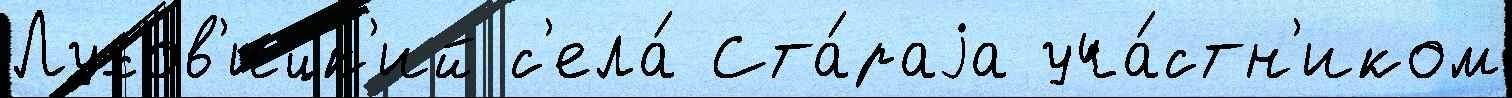
Лухов'ицк'ий с'ела́ Ста́раjа уча́стн'иком